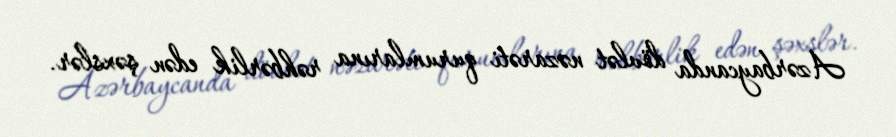
Azərbaycanda dövlət nəzarəti qurumlarına rəhbərlik edən şəxslər.